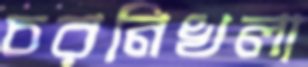
চরনিখলা